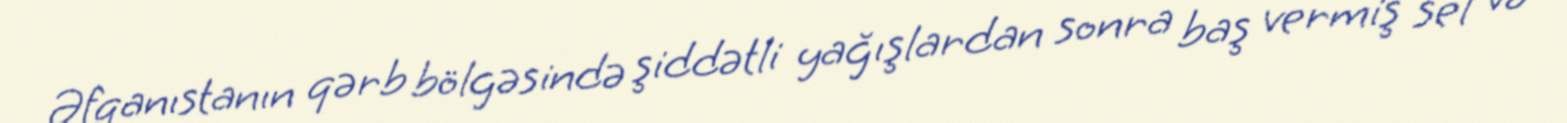
Əfqanıstanın qərb bölgəsində şiddətli yağışlardan sonra baş vermiş sel və